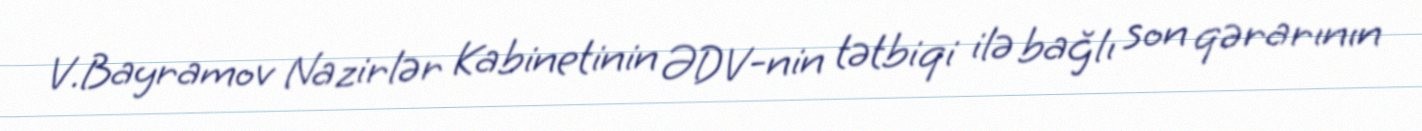
V.Bayramov Nazirlər Kabinetinin ƏDV-nin tətbiqi ilə bağlı son qərarının